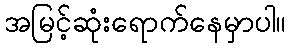
အမြင့်ဆုံးရောက်နေမှာပါ။